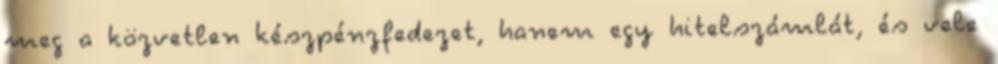
meg a közvetlen készpénzfedezet, hanem egy hitelszámlát, és vele